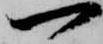
一